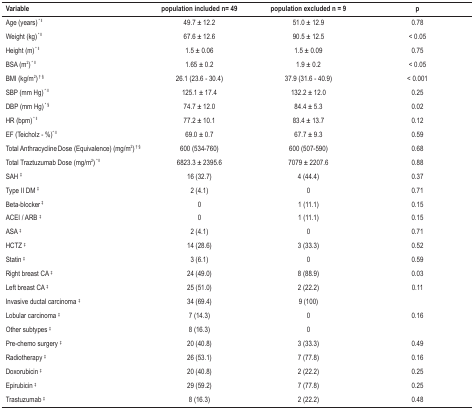
<table><thead><tr><td><b>Variable</b></td><td><b>population included n= 49</b></td><td><b>population excluded n = 9</b></td><td><b>p</b></td></tr></thead><tbody><tr><td>Age (years)<sup>* ll</sup></td><td>49.7 ± 12.2</td><td>51.0 ± 12.9</td><td>0.78</td></tr><tr><td>Weight (kg)<sup>* ll</sup></td><td>67.6 ± 12.6</td><td>90.5 ± 12.5</td><td>&lt; 0.05</td></tr><tr><td>Height (m)<sup>* ll</sup></td><td>1.5 ± 0.06</td><td>1.5 ± 0.09</td><td>0.75</td></tr><tr><td>BSA (m<sup>2</sup>)<sup>* ll</sup></td><td>1.65 ± 0.2</td><td>1.9 ± 0.2</td><td>&lt; 0.05</td></tr><tr><td>BMI (kg/m<sup>2</sup>)†§</td><td>26.1 (23.6 - 30.4)</td><td>37.9 (31.6 - 40.9)</td><td>&lt; 0.001</td></tr><tr><td>SBP (mm Hg)<sup>* ll</sup></td><td>125.1 ± 17.4</td><td>132.2 ± 12.0</td><td>0.25</td></tr><tr><td>DBP (mm Hg)<sup>*§</sup></td><td>74.7 ± 12.0</td><td>84.4 ± 5.3</td><td>0.02</td></tr><tr><td>HR (bpm)<sup>* ll</sup></td><td>77.2 ± 10.1</td><td>83.4 ± 13.7</td><td>0.12</td></tr><tr><td>EF (Teicholz - %)<sup>* ll</sup></td><td>69.0 ± 0.7</td><td>67.7 ± 9.3</td><td>0.59</td></tr><tr><td>Total Anthracycline Dose (Equivalence)(mg/m<sup>2</sup>)<sup>†§</sup></td><td>600 (534-760)</td><td>600 (507-590)</td><td>0.68</td></tr><tr><td>Total Traztuzumab Dose (mg/m<sup>2</sup>)<sup>* ll</sup></td><td>6823.3 ± 2395.6</td><td>7079 ± 2207.6</td><td>0.88</td></tr><tr><td>SAH <sup>‡</sup></td><td>16 (32.7)</td><td>4 (44.4)</td><td>0.37</td></tr><tr><td>Type II DM <sup>‡</sup></td><td>2 (4.1)</td><td>0</td><td>0.71</td></tr><tr><td>Beta-blocker<sup>‡</sup></td><td>0</td><td>1 (11.1)</td><td>0.15</td></tr><tr><td>ACEI / ARB <sup>‡</sup></td><td>0</td><td>1 (11.1)</td><td>0.15</td></tr><tr><td>ASA <sup>‡</sup></td><td>2 (4.1)</td><td>0</td><td>0.71</td></tr><tr><td>HCTZ <sup>‡</sup></td><td>14 (28.6)</td><td>3 (33.3)</td><td>0.52</td></tr><tr><td>Statin <sup>‡</sup></td><td>3 (6.1)</td><td>0</td><td>0.59</td></tr><tr><td>Right breast CA <sup>‡</sup></td><td>24 (49.0)</td><td>8 (88.9)</td><td>0.03</td></tr><tr><td>Left breast CA <sup>‡</sup></td><td>25 (51.0)</td><td>2 (22.2)</td><td>0.11</td></tr><tr><td>Invasive ductal carcinoma <sup>‡</sup></td><td>34 (69.4)</td><td>9 (100)</td><td> </td></tr><tr><td>Lobular carcinoma <sup>‡</sup></td><td>7 (14.3)</td><td>0</td><td>0.16</td></tr><tr><td>Other subtypes <sup>‡</sup></td><td>8 (16.3)</td><td>0</td><td> </td></tr><tr><td>Pre-chemo surgery <sup>‡</sup></td><td>20 (40.8)</td><td>3 (33.3)</td><td>0.49</td></tr><tr><td>Radiotherapy <sup>‡</sup></td><td>26 (53.1)</td><td>7 (77.8)</td><td>0.16</td></tr><tr><td>Doxorubicin <sup>‡</sup></td><td>20 (40.8)</td><td>2 (22.2)</td><td>0.25</td></tr><tr><td>Epirubicin <sup>‡</sup></td><td>29 (59.2)</td><td>7 (77.8)</td><td>0.25</td></tr><tr><td>Trastuzumab <sup>‡</sup></td><td>8 (16.3)</td><td>2 (22.2)</td><td>0.48</td></tr></tbody></table>